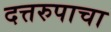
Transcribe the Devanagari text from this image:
दत्तरुपाचा